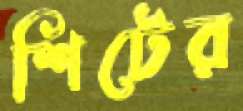
শিটের